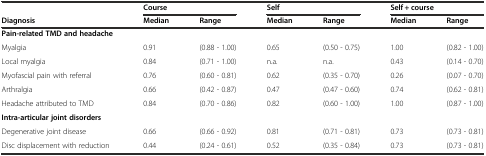
|  | <COLSPAN=2> Course | <COLSPAN=2> Self | <COLSPAN=2> Self + course |
 | Diagnosis | Median | Range | Median | Range | Median | Range |
 | --- | --- | --- | --- | --- | --- | --- |
 | Pain-related TMD and headache |  |  |  |  |  |  |
 | Myalgia | 0.91 | (0.88 - 1.00) | 0.65 | (0.50 - 0.75) | 1.00 | (0.82 - 1.00) |
 | Local myalgia | 0.84 | (0.71 - 1.00) | n.a. | n.a. | 0.43 | (0.14 - 0.70) |
 | Myofascial pain with referral | 0.76 | (0.60 - 0.81) | 0.62 | (0.35 - 0.70) | 0.26 | (0.07 - 0.70) |
 | Arthralgia | 0.66 | (0.42 - 0.87) | 0.47 | (0.47 - 0.60) | 0.74 | (0.62 - 0.81) |
 | Headache attributed to TMD | 0.84 | (0.70 - 0.86) | 0.82 | (0.60 - 1.00) | 1.00 | (0.87 - 1.00) |
 | Intra-articular joint disorders |  |  |  |  |  |  |
 | Degenerative joint disease | 0.66 | (0.66 - 0.92) | 0.81 | (0.71 - 0.81) | 0.73 | (0.73 - 0.81) |
 | Disc displacement with reduction | 0.44 | (0.24 - 0.61) | 0.52 | (0.35 - 0.84) | 0.73 | (0.73 - 0.81) |